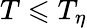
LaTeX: T\leqslant T_{\eta}